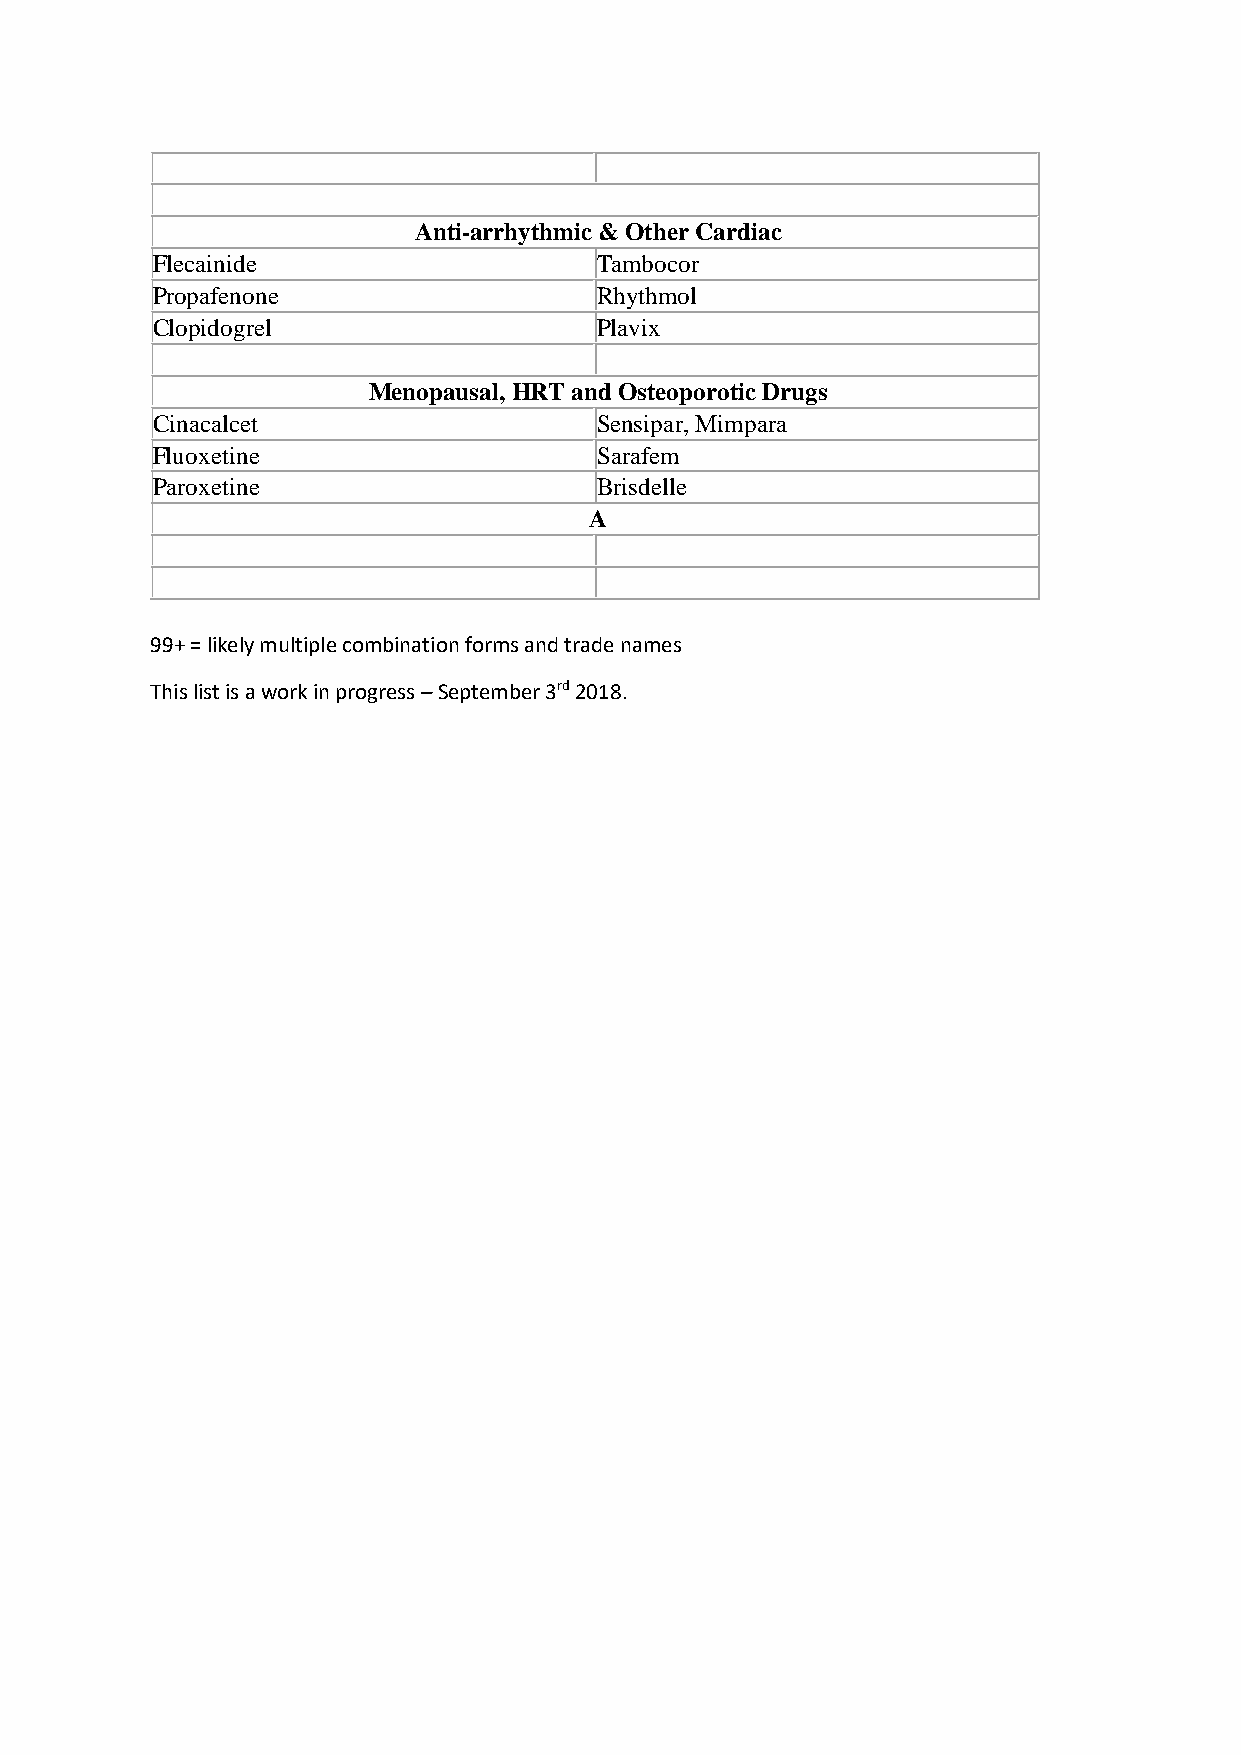
Anti-arrhythmic & Other Cardiac
 Flecainide                   Tambocor
 Propafenone                  Rhythmol
 Clopidogrel                  Plavix
 Menopausal, HRT and Osteoporotic Drugs
 Cinacalcet                   Sensipar, Mimpara
 Fluoxetine                   Sarafem
 Paroxetine                   Brisdelle
 A
 99+ = likely multiple combination forms and trade names
 This list is a work in progress – September 3rd 2018.